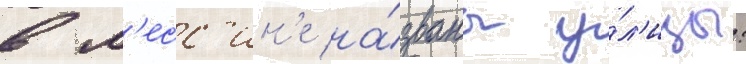
в м'есс'ин'е на́званы у́л'ицы: